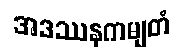
အဒဿနကမျတံ